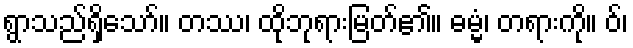
ရွာသည်ရှိသော်။ တဿ၊ ထိုဘုရားမြတ်၏။ ဓမ္မံ၊ တရားကို။ ဝ်၊